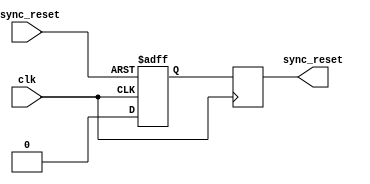
module async_reset_synchronizer (
    input wire async_reset,     // Asynchronous reset input
    input wire clk,            // Clock signal
    output reg sync_reset      // Synchronized reset output
);

    // Internal signals for stage 1 and stage 2
    reg sync_reset_1;

    // Parameter to configure active low or active high reset
    parameter ACTIVE_LOW = 1;  // Set to 1 for active-low, 0 for active-high

    // Always block for synchronous behavior
    always @(posedge clk or negedge async_reset) begin
        if (ACTIVE_LOW ? ~async_reset : async_reset) begin
            sync_reset_1 <= 1'b1; // Assert sync_reset_1 based on active level
        end else begin
            sync_reset_1 <= 1'b0; // De-assert sync_reset_1
        end
    end

    // Second stage synchronization
    always @(posedge clk) begin
        sync_reset <= sync_reset_1; // Pass the first stage output to the second stage
    end

endmodule